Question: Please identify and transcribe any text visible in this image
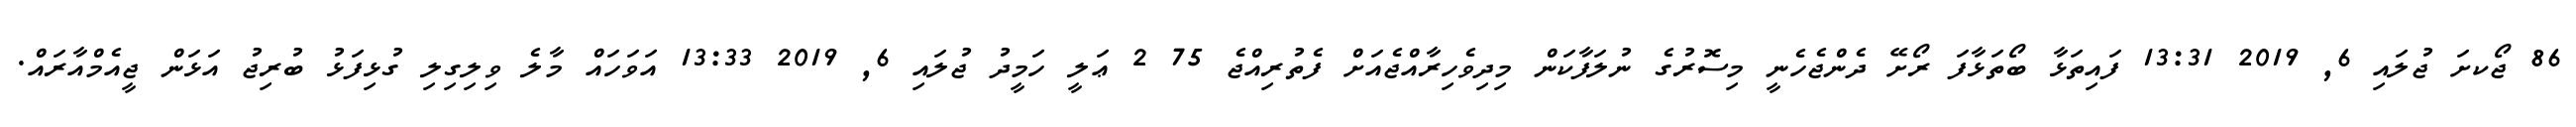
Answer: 86 ޖޯކށަ ޖުލައި 6, 2019 13:31 ފައިތަޅާ ބޯތަޅާފަ ރޯށޭ ދެންޖެހެނީ މިސޮރުގެ ނުލަފާކަން މިދިވެހިރާއްޖެއަށް ފެތުރިއްޖެ 75 2 ޢަލީ ހަމީދު ޖުލައި 6, 2019 13:33 އަވަހައް މާލެ ވިލިގިލި ގުޅިފަޅު ބުރިޖު އަޅަން ޖީއެމްއާރައް.